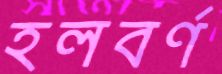
হলবর্ণ